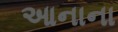
આનાના